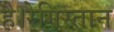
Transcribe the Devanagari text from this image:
है।रेगिस्तान